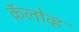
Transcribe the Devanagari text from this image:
क्रॅलोव्ह